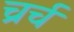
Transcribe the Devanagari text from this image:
च्रर्च